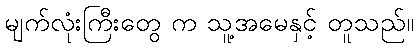
မျက်လုံးကြီးတွေ က သူ့အမေနှင့် တူသည်။